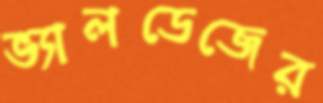
ভ্যালডেজের